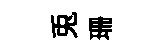
兎珊